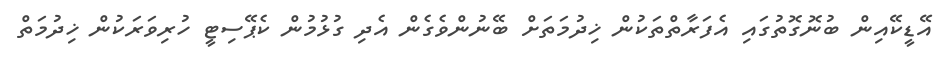
އޭޑީކޭއިން ބުނޮގޮތުގައި އެފަރާތްތަކުން ޚިދުމަތަށް ބޭނުންވެގެން އެދި ގުޅުމުން ކެޕޭސިޓީ ހުރިވަރަކުން ޚިދުމަތް